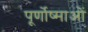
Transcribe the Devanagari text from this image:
पूर्णोष्माओं